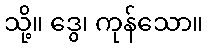
သို့။ ဒွေ၊ ကုန်သော။